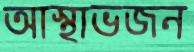
আস্থাভজন